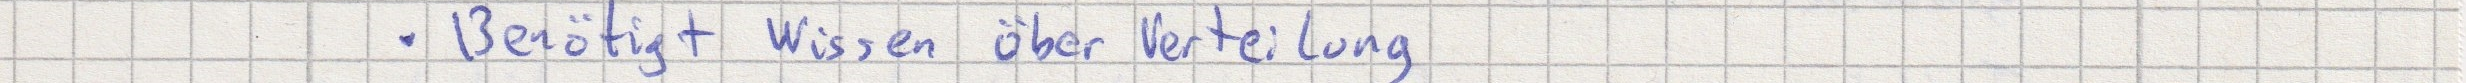
- Benötigt Wissen über Verteilung